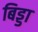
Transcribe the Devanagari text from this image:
बिड्डा